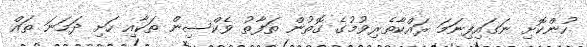
ހުންކޮށި ނަގައިފިނަމަ ރައްކާތެރިވުމުގެ ގޮތުން ތަފާތު ވެކްސިން ތަކާއި ހަށި ދަމަނަ ތައް